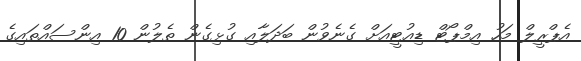
އެޕްރީލް މަހު އިމްޕޯޓް ޑިއުޓީއަށް ގެނެވުން ބަދަލާއި ގުޅިގެން ތެލުން 10 އިންސައްތައިގެ